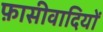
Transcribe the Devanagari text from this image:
फ़ासीवादियों